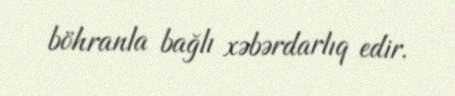
böhranla bağlı xəbərdarlıq edir.